Leaving Certificate Examination (including Day School Certificate (Higher) General paper), 1933
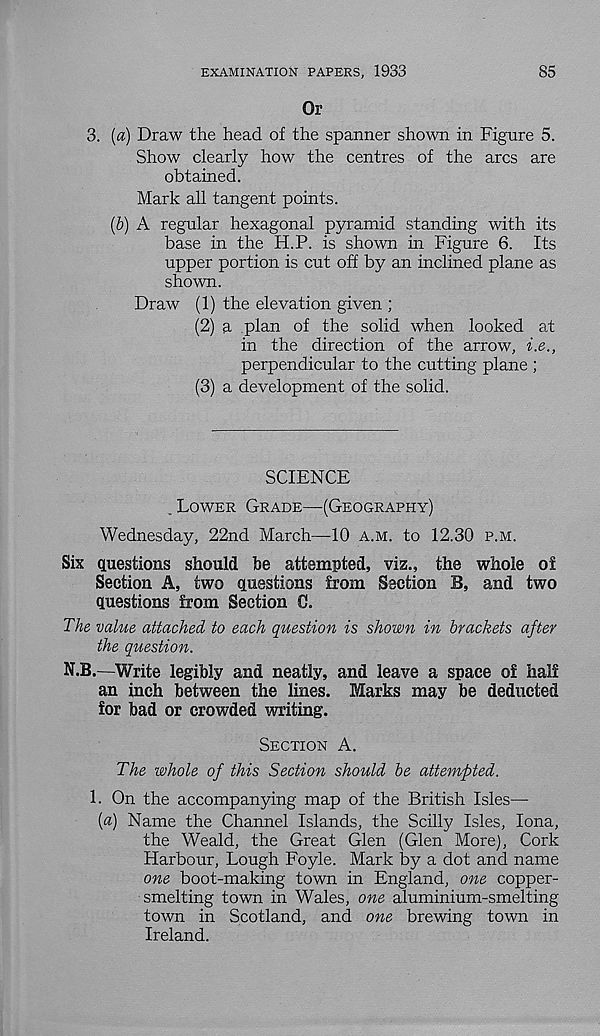
EXAMINATION PAPERS, 1933
85
Or
3. (a) Draw the head of the spanner shown in Figure 5.
Show clearly how the centres of the arcs are
obtained.
Mark all tangent points.
(b) A regular hexagonal pyramid standing with its
base in the H.P. is shown in Figure 6. Its
upper portion is cut off by an inclined plane as
shown.
Draw (1) the elevation given ;
(2) a plan of the solid when looked at
in the direction of the arrow, i.e.,
perpendicular to the cutting plane ;
(3) a development of the solid.
SCIENCE
. Lower Grade—(Geography)
Wednesday, 22nd March—10 a.m. to 12.30 p.m.
Six questions should he attempted, viz., the whole ol
Section A, two questions from Section B, and two
questions from Section 0.
The value attached to each question is shown in brackets after
the question.
N.B.—Write legibly and neatly, and leave a space of half
an inch between the lines. Marks may be deducted
for bad or crowded writing.
Section A.
The whole of this Section should be attempted.
1. On the accompanying map of the British Isles—
[a) Name the Channel Islands, the Scilly Isles, Iona,
the Weald, the Great Glen (Glen More), Cork
Harbour, Lough Foyle. Mark by a dot and name
one boot-making town in England, one copper-
smelting town in Wales, one aluminium-smelting
town in Scotland, and one brewing town in
Ireland.